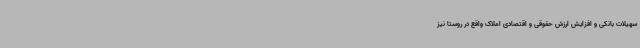
سهیلات بانکی و افزایش ارزش حقوقی و اقتصادی املاک واقع در روستا نیز